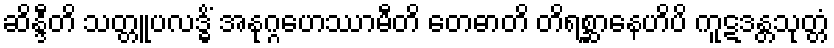
ဆိန္ဒီတိ သတ္တူပလဒ္ဓိံ အနုဂ္ဂဟေဿာမီတိ တေဓာတိ တိရစ္ဆာနေဟိပိ ကူဋဒန္တသုတ္တံ